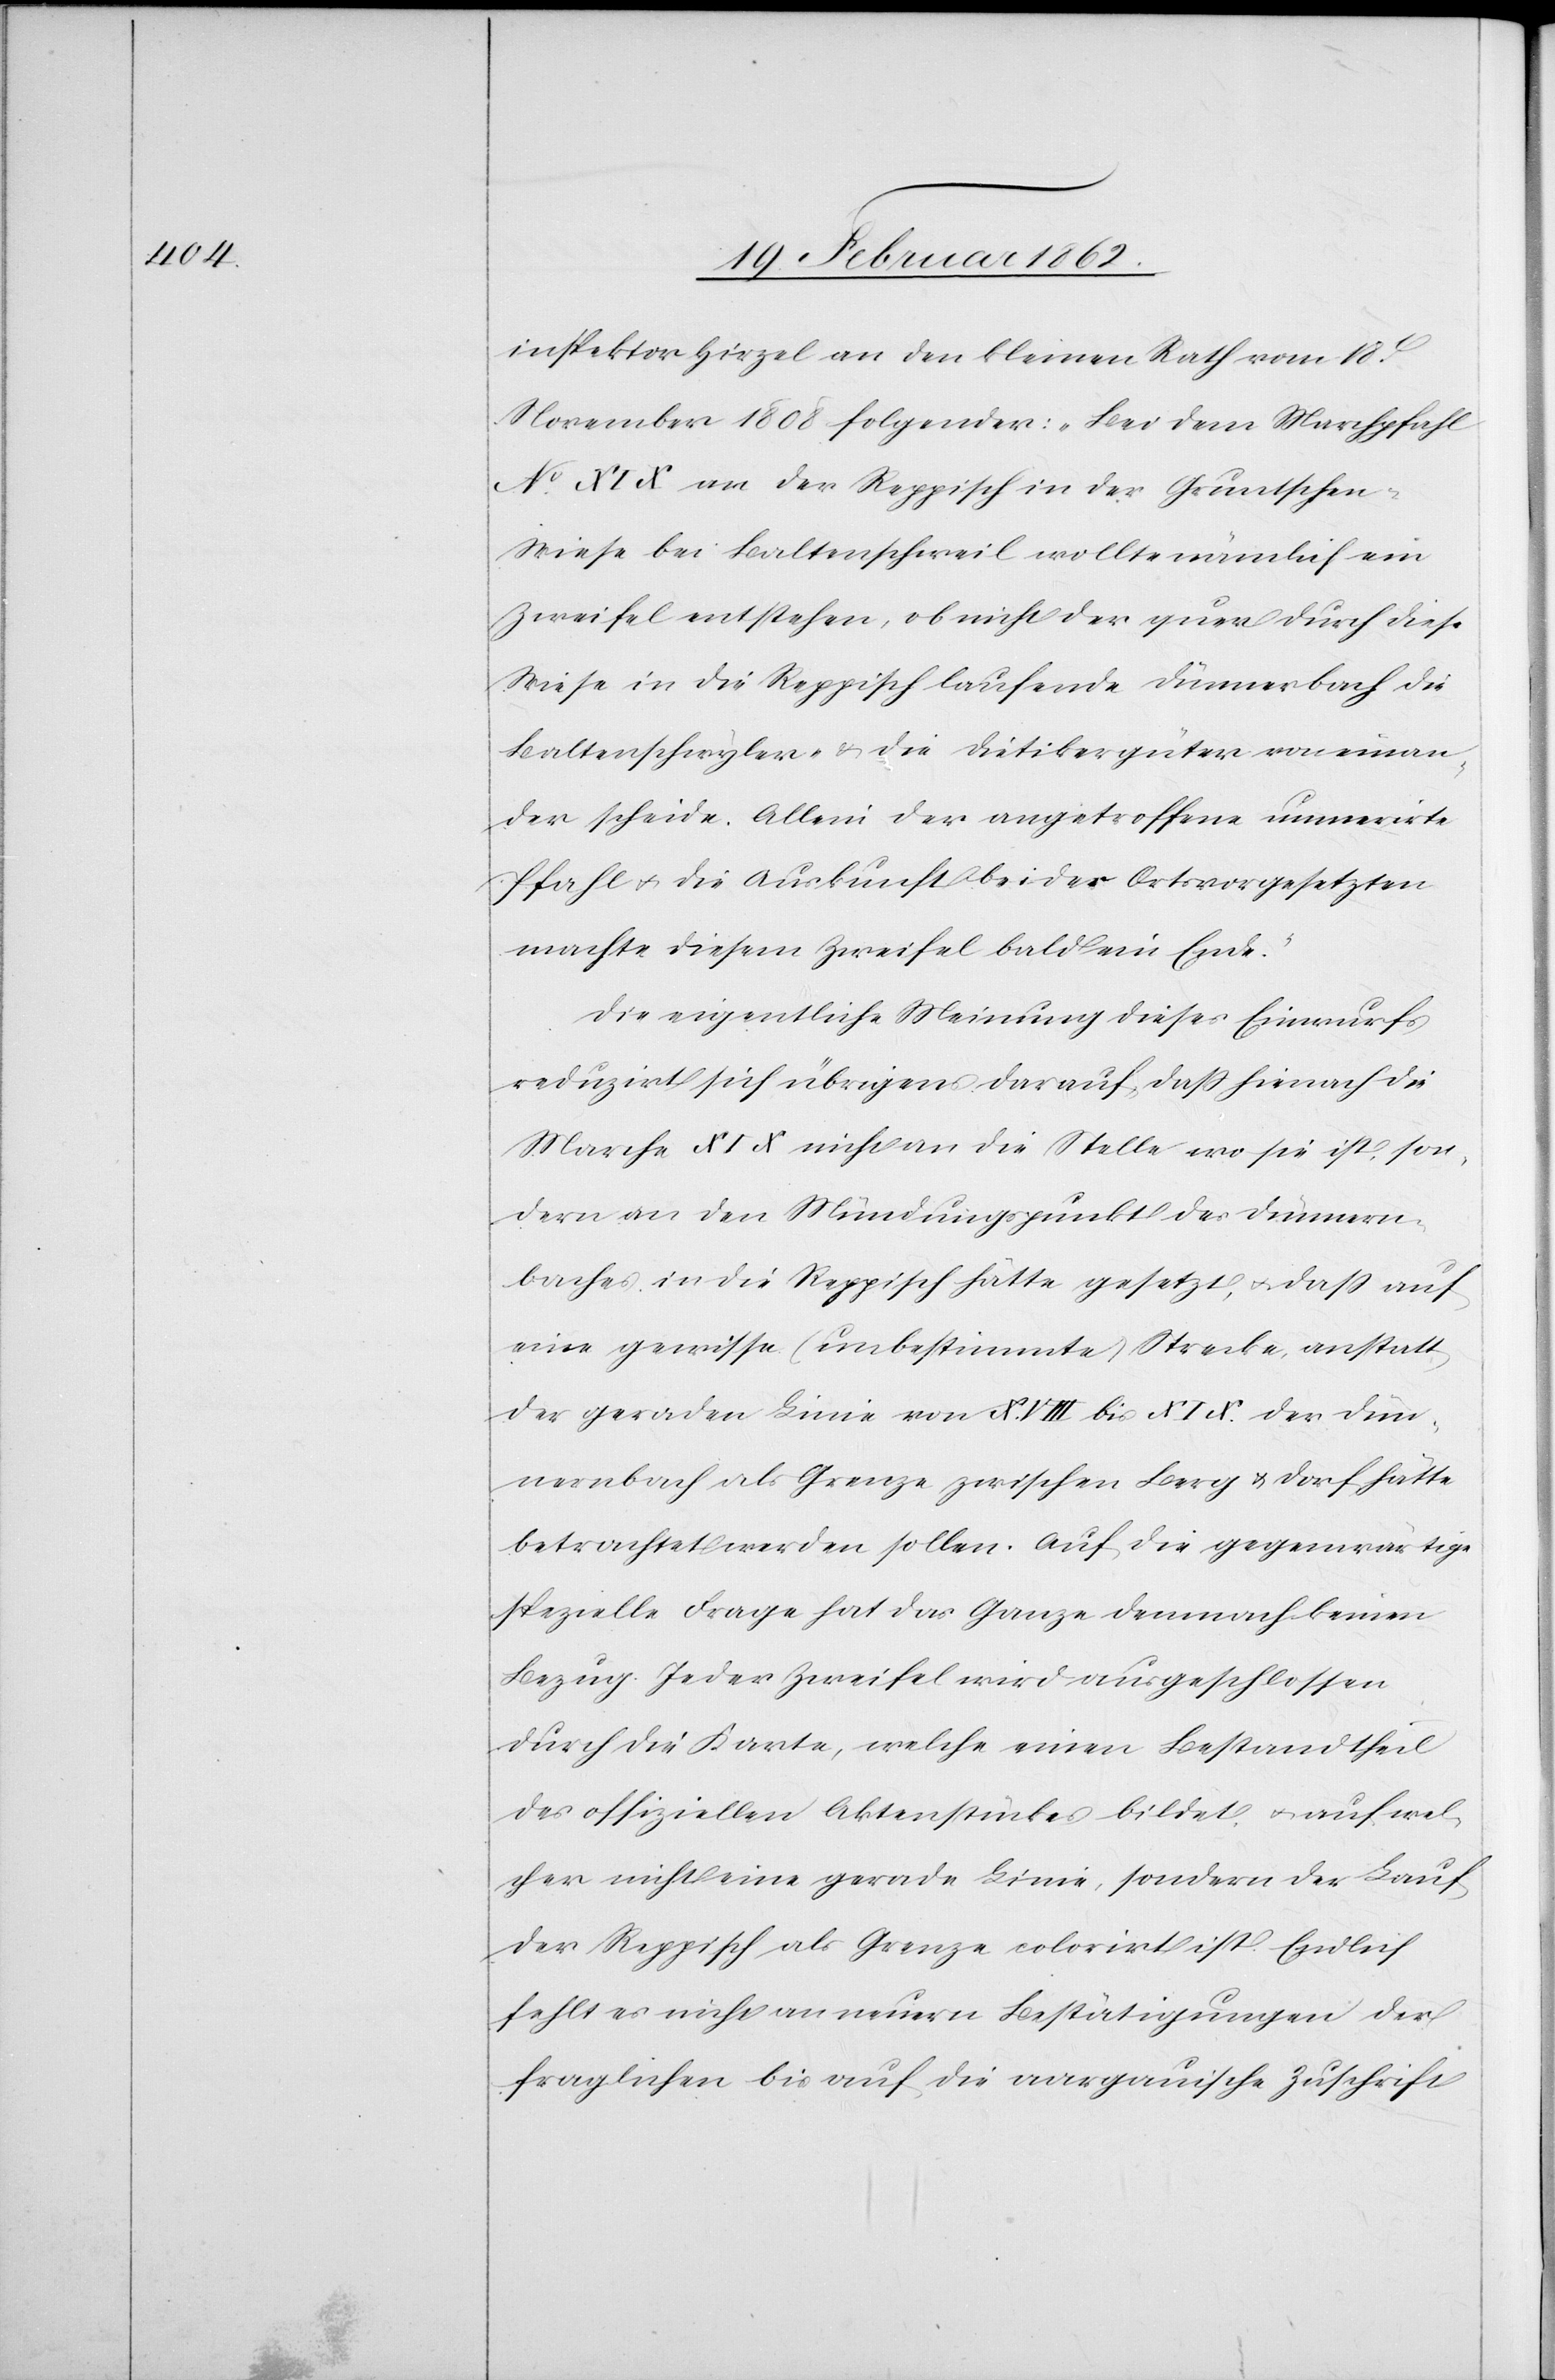
inspektor Hirzel an den kleinen Rath vom 18t.
November 1808 folgender: „Bei dem Marchpfahl
No. XIX an der Reppisch in der Gruntsche¬
n-Wiese bei Baltenschweil wollte nämlich ein
Zweifel entstehen, ob nicht der quer durch diese
Wiese in die Reppisch laufende Dünnerbach
Baltenschwyler- & die Dietikergüter voneinan¬
der scheide. Allein der angetroffene numerirte
Pfahl u. die Auskunft bei de[?n] Ortsvorgesetzten
machte diesem Zweifel bald ein Ende.“
Die eigentliche Meinung dieses Einwurfs
reduzirt sich übrigens darauf, daß hienach die
Marche XIX nicht an die Stelle wo sie ist, son¬
dern an den Mündungspunkt des Dünnern¬
baches [sic!] in die Reppisch hätte gesetzt, u. daß auf
eine gewisse (unbestimmte) Strecke, anstatt
der geraden Linie von XVIII bis XIX der Dün¬
nernbach als Grenze zwischen Berg u. Dorf hätte
betrachtet werden sollen. Auf die gegenwärtige
spezielle Frage hat das Ganze demnach keinen
Bezug. Jeder Zweifel wird ausgeschlossen
durch die Karte, welche einen Bestandtheil
des offiziellen Aktenstückes bildet, u. auf wel¬
cher nicht eine gerade Linie, sondern der Lauf
der Reppisch als Grenze colorirt ist. Endlich
fehlt es nicht an neuern Bestätigungen der
fraglichen bis auf die aargauische Zuschrift